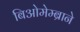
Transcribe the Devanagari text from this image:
बिओमेम्ब्राने